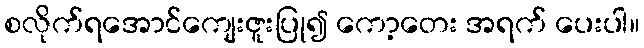
စလိုက်ရအောင်ကျေးဇူးပြု၍ ကော့တေး အရက် ပေးပါ။